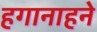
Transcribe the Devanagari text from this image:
हगानाहने